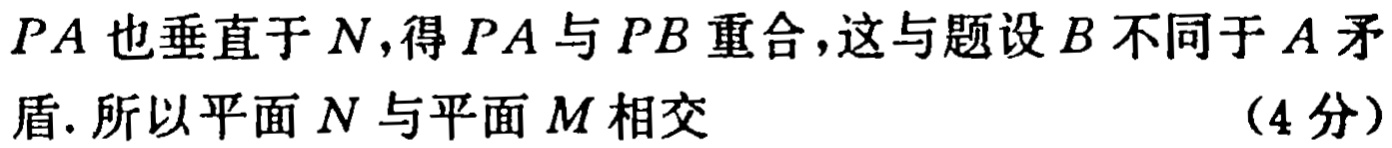
$PA$也垂直于$N$,得$PA$与$PB$重合,这与题设$B$不同于$A$矛盾. 所以平面$N$与平面$M$相交 （4分）